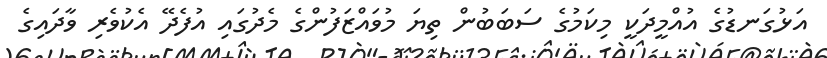
އަޅުގަނޑުގެ އުއްމީދަކީ މިކަމުގެ ސަބަބުން ތިޔަ މުވައްޒަފުންގެ މެދުގައި އުފެދޭ އެކުވެރި ވާދައިގެ